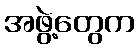
အဖွဲ့တွေက